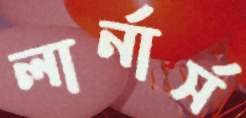
লার্নার্স